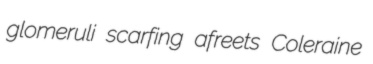
glomeruli scarfing afreets Coleraine